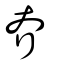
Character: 夰